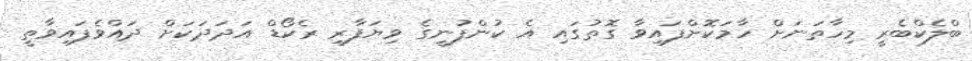
ބްލެކްބެރީ މިހާތަނަށް ހާމަކޮށްފައިވާ ގޮތުގައި އެ ކުންފުނީގެ ވިޔަފާރި ރެކޯޑް އަދަދަކަށް ދައްވެފައިވާތީ